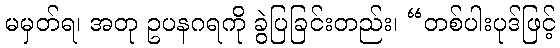
မမှတ်ရ၊ အတု ဥပနဂရကို ခွဲပြခြင်းတည်း၊ “တစ်ပါးပုဒ်ဖြင့်